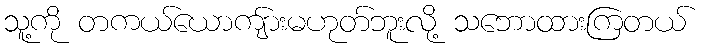
သူ့ကို တကယ်ယောကျ်ားမဟုတ်ဘူးလို့ သဘောထားကြတယ်